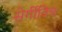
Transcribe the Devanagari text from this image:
सेर्गीविच